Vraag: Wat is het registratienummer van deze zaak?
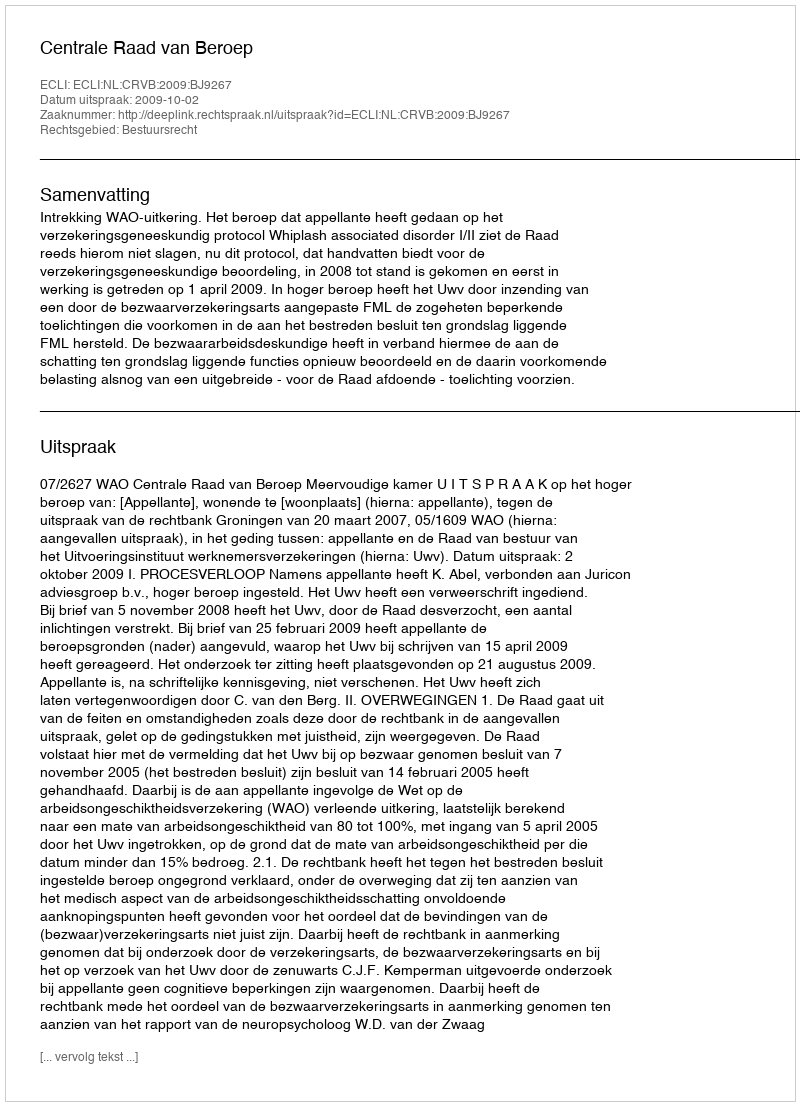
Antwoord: http://deeplink.rechtspraak.nl/uitspraak?id=ECLI:NL:CRVB:2009:BJ9267